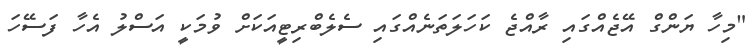
"މިހާ ޔަންގް އޭޖެއްގައި ރާއްޖެ ކަހަލަތަނެއްގައި ސެލެބްރިޓީއަކަށް ވުމަކީ އަސްލު އެހާ ފަސޭހަ